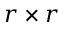
r \times r